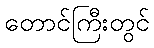
တောင်ကြီးတွင်